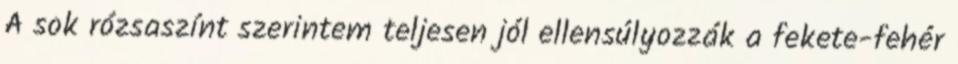
A sok rózsaszínt szerintem teljesen jól ellensúlyozzák a fekete-fehér